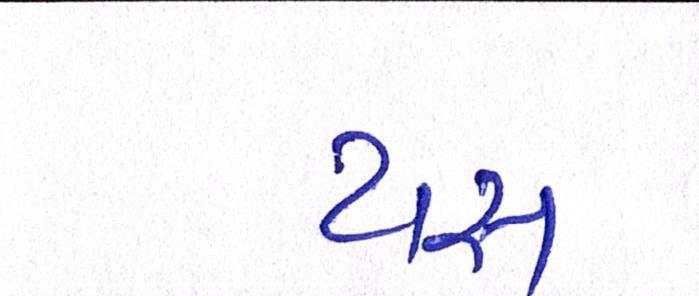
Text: યસ